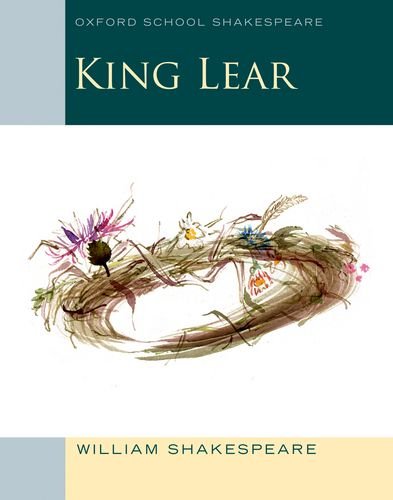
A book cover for King Lear: Oxford School Shakespeare (Oxford School Shakespeare Series); William Shakespeare; Literature & Fiction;